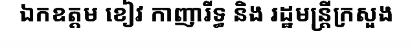
ឯកឧត្តម ខៀវ កាញារីទ្ធ និង រដ្ឋមន្ត្រីក្រសួង